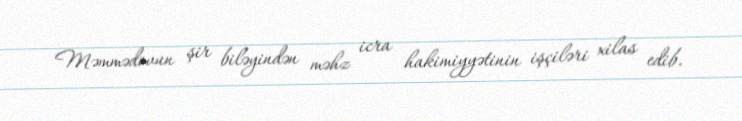
Məmmədovun şir biləyindən məhz icra hakimiyyətinin işçiləri xilas edib.